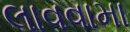
લાવવામા